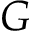
G